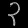
Digit: ၃